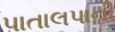
પાતાલપાની